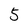
Character: 5